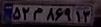
۵۲م۸۶۹۱۳